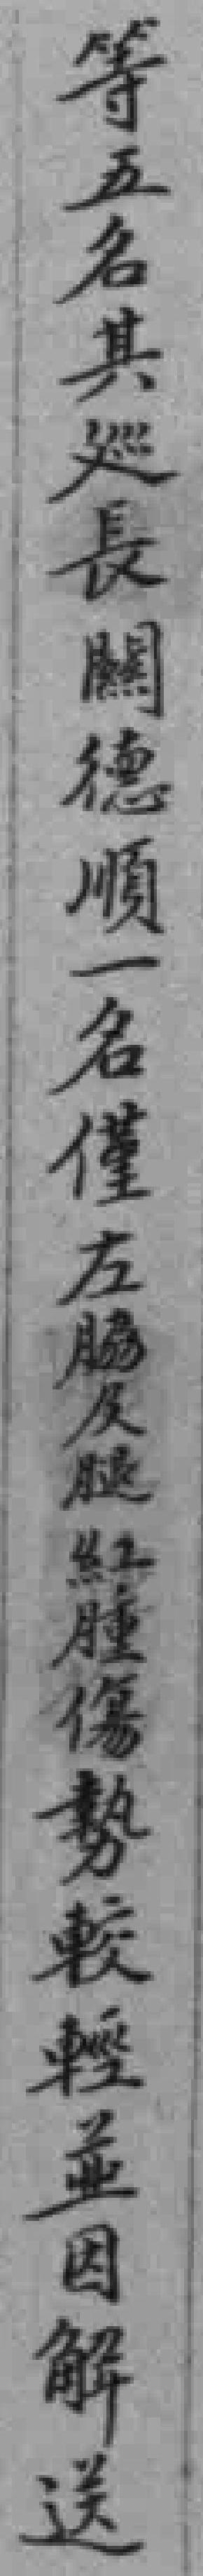
等五名其廵長闗德順一名僅左脇及腿紅腫傷勢較輕並因解送